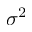
\sigma ^ { 2 }